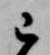
已